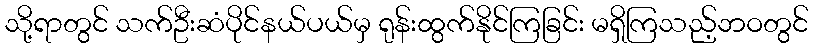
သို့ရာတွင် သက်ဦးဆံပိုင်နယ်ပယ်မှ ရုန်းထွက်နိုင်ကြခြင်း မရှိကြသည့်ဘဝတွင်